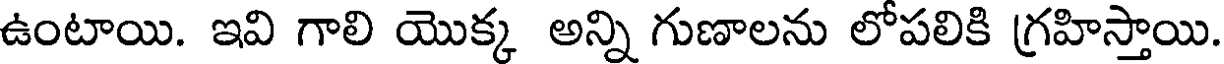
ఉంటాయి. ఇవి గాలి యొక్క అన్ని గుణాలను లోపలికి గ్రహిస్తాయి.